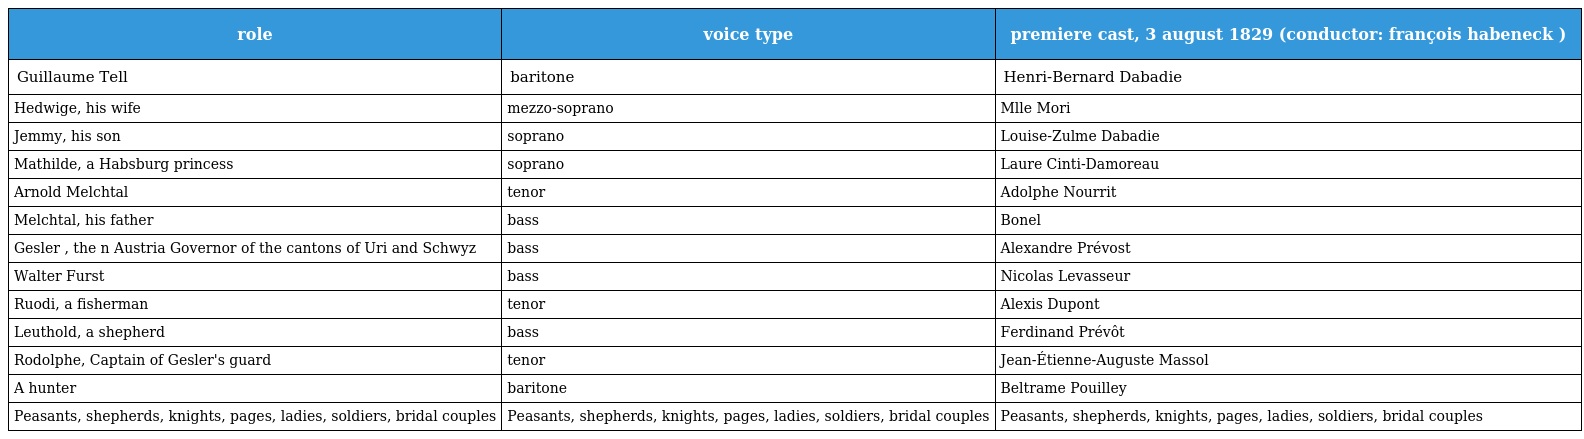
| role | voice type | premiere cast, 3 august 1829 (conductor: françois habeneck ) |
 | --- | --- | --- |
 | Guillaume Tell | baritone | Henri-Bernard Dabadie |
 | Hedwige, his wife | mezzo-soprano | Mlle Mori |
 | Jemmy, his son | soprano | Louise-Zulme Dabadie |
 | Mathilde, a Habsburg princess | soprano | Laure Cinti-Damoreau |
 | Arnold Melchtal | tenor | Adolphe Nourrit |
 | Melchtal, his father | bass | Bonel |
 | Gesler , the n Austria Governor of the cantons of Uri and Schwyz | bass | Alexandre Prévost |
 | Walter Furst | bass | Nicolas Levasseur |
 | Ruodi, a fisherman | tenor | Alexis Dupont |
 | Leuthold, a shepherd | bass | Ferdinand Prévôt |
 | Rodolphe, Captain of Gesler's guard | tenor | Jean-Étienne-Auguste Massol |
 | A hunter | baritone | Beltrame Pouilley |
 | Peasants, shepherds, knights, pages, ladies, soldiers, bridal couples | Peasants, shepherds, knights, pages, ladies, soldiers, bridal couples | Peasants, shepherds, knights, pages, ladies, soldiers, bridal couples |